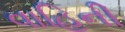
વાહિની